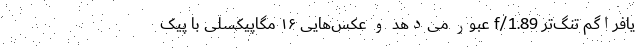
یافراگم تنگ‌ترِ f/1.89 عبور می‌دهد و عکس‌هایی ۱۶ مگاپیکسلی با پیک